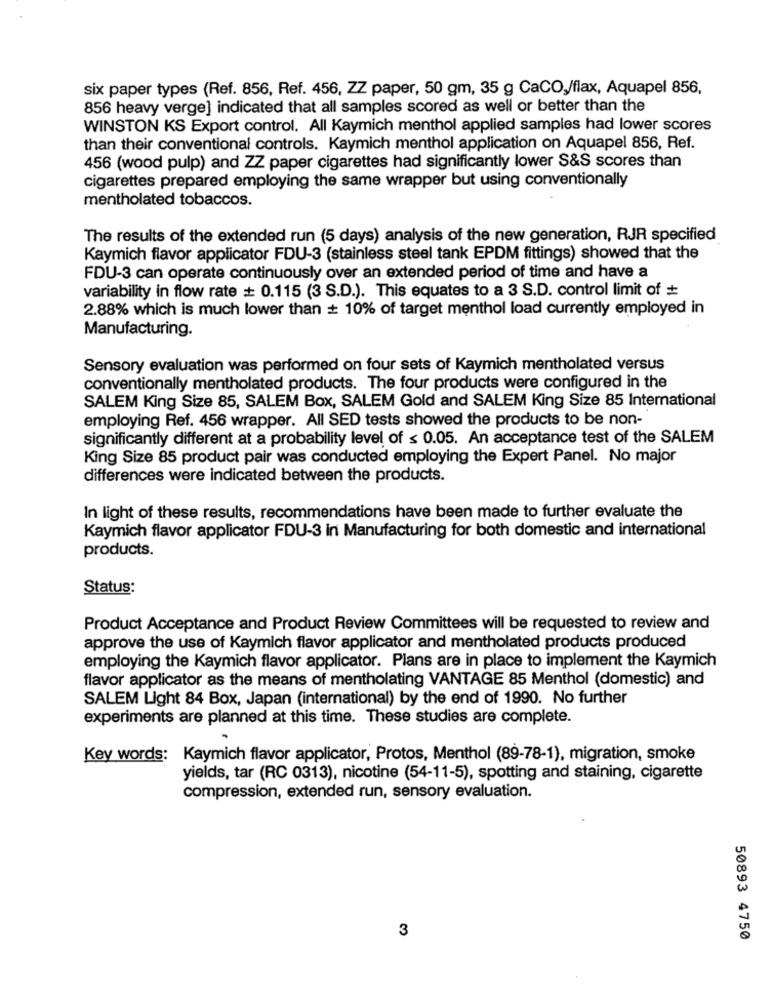
six paper types (Ref. 856, Ref. 456, ZZ paper, 50 gm, 35 g CaCO,/flax, Aquapel 856,
856 heavy verge] indicated that all samples scored as well or better than the
WINSTON KS Export control. All Kaymich menthol applied samples had lower scores
than their conventional controls. Kaymich menthol application on Aquapel 856, Ref.
456 (wood pulp) and ZZ paper cigarettes had significantly lower S&S scores than
cigarettes prepared employing the same wrapper but using conventionally
mentholated tobaccos.
The results of the extended run (5 days) analysis of the new generation, RJR specified
Kaymich flavor applicator FDU-3 (stainless steel tank EPDM fittings) showed that the
FDU-3 can operate continuously over an extended period of time and have a
variability in flow rate + 0.115 (3 S.D.). This equates to a 3 S.D. control limit of
2.88% which is much lower than # 10% of target menthol load currently employed in
Manufacturing.
Sensory evaluation was performed on four sets of Kaymich mentholated versus
conventionally mentholated products. The four products were configured in the
SALEM King Size 85, SALEM Box, SALEM Gold and SALEM King Size 85 International
employing Ref. 456 wrapper. All SED tests showed the products to be non-
significantly different at a probability level of < 0.05. An acceptance test of the SALEM
King Size 85 product pair was conducted employing the Expert Panel. No major
differences were indicated between the products.
In light of these results, recommendations have been made to further evaluate the
Kaymich flavor applicator FDU-3 in Manufacturing for both domestic and international
products.
Status:
Product Acceptance and Product Review Committees will be requested to review and
approve the use of Kaymich flavor applicator and mentholated products produced
employing the Kaymich flavor applicator. Plans are in place to implement the Kaymich
flavor applicator as the means of mentholating VANTAGE 85 Menthol (domestic) and
SALEM Light 84 Box, Japan (international) by the end of 1990. No further
experiments are planned at this time. These studies are complete.
Key words: Kaymich flavor applicator, Protos, Menthol (89-78-1), migration, smoke
yields, tar (RC 0313), nicotine (54-11-5), spotting and staining, cigarette
compression, extended run, sensory evaluation.
3
50893 4750